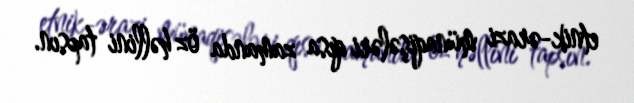
etnik-ərazi münaqişələri qısa zamanda öz həllini tapsın.